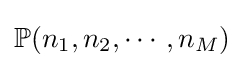
\mathbb {P} (n_{1},n_{2},\cdots ,n_{M})